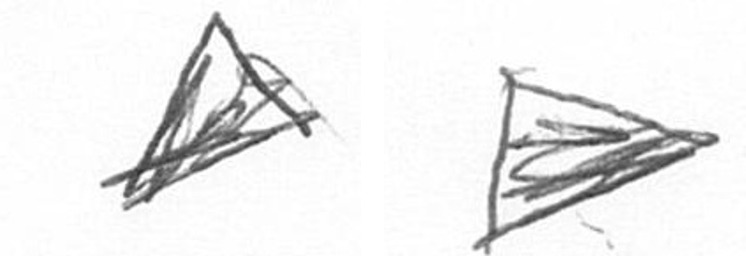
O T